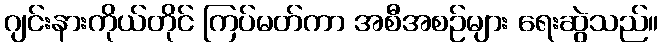
ဂျင်းနားကိုယ်တိုင် ကြပ်မတ်ကာ အစီအစဉ်များ ရေးဆွဲသည်။